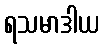
ရသမာဒါယ